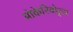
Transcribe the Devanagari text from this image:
प्रोकेरियोट्स